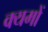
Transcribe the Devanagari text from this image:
क्यमों